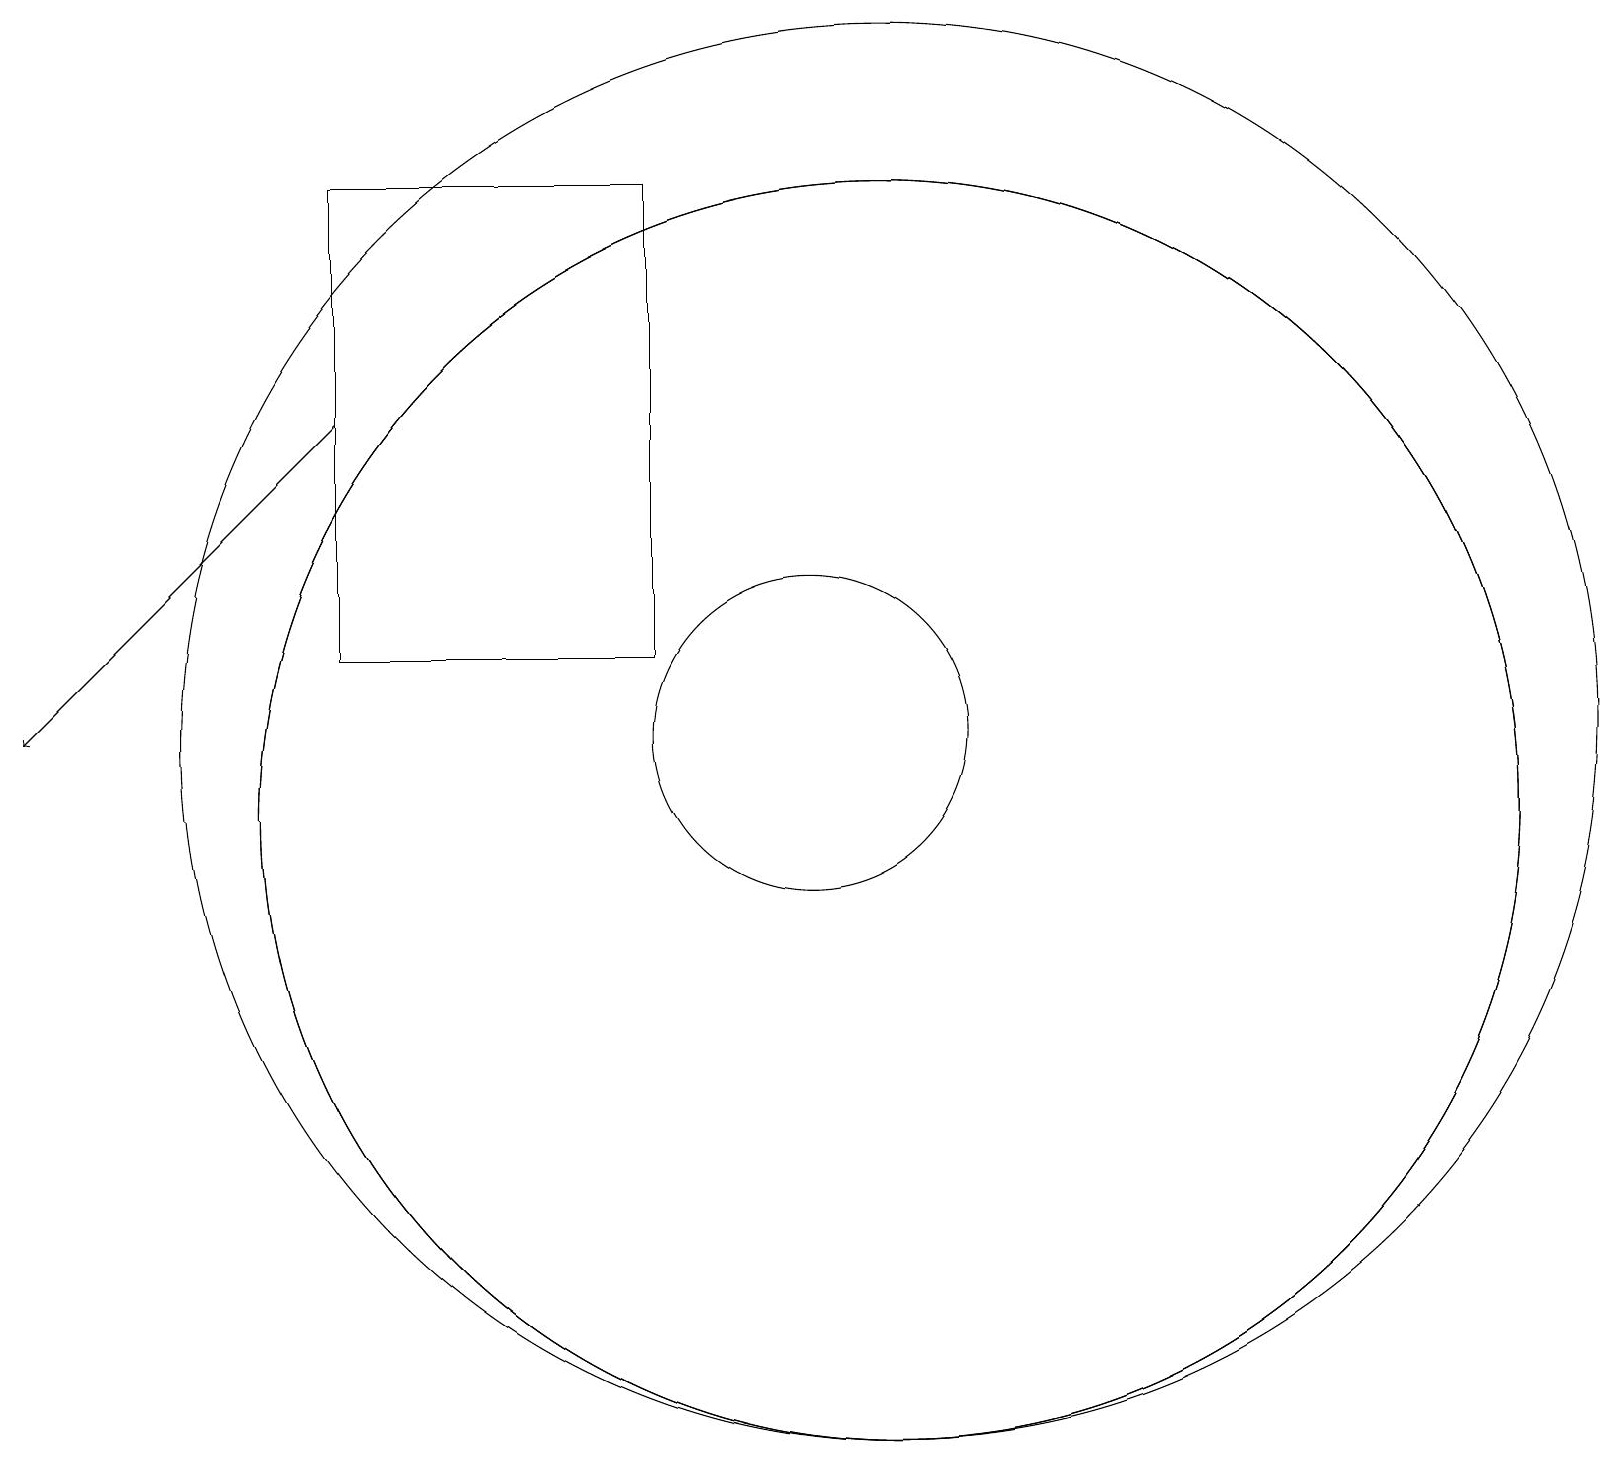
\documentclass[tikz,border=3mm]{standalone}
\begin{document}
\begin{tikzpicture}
\draw (4,12) rectangle (8,18);
\draw (11,10) circle (8);
\draw (10,11) circle (2);
\draw (11,10) circle (8);
\draw (11,11) circle (9);
\draw[->] (4,15) -- (0,11);
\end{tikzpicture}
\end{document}